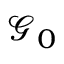
\mathcal { G } _ { 0 }